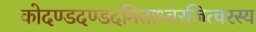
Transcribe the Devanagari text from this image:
कोदण्डदण्डदमिताध्वरजित्वरस्य